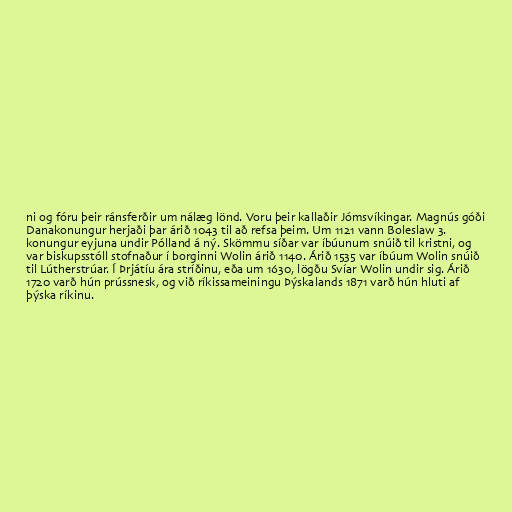
ni og fóru þeir ránsferðir um nálæg lönd. Voru þeir kallaðir Jómsvíkingar. Magnús góði
Danakonungur herjaði þar árið 1043 til að refsa þeim. Um 1121 vann Boleslaw 3.
konungur eyjuna undir Pólland á ný. Skömmu síðar var íbúunum snúið til kristni, og
var biskupsstóll stofnaður í borginni Wolin árið 1140. Árið 1535 var íbúum Wolin snúið
til Lútherstrúar. Í Þrjátíu ára stríðinu, eða um 1630, lögðu Svíar Wolin undir sig. Árið
1720 varð hún prússnesk, og við ríkissameiningu Þýskalands 1871 varð hún hluti af
þýska ríkinu.